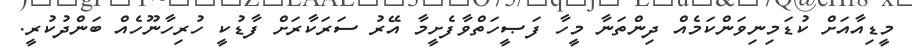
މީޑިއާއަށް ކުޑަމިނިވަންކަމެއް ދިންތަނާ މީހާ ފަޞީހަތްވާފެށީމާ އޭރު ސަރަކާރަށް ފާޑުކީ ހުރިހާނޫހެއް ބަންދުކުރީ.